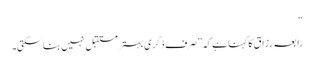
“
رابعہ رزاق کا کہنا ہے کہ ”صرف ڈگری بہتر مستقبل نہیں بنا سکتی۔